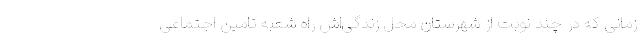
زمانی که در چند نوبت از شهرستان محل زندگی‌اش راه شعبه تامین اجتماعی